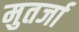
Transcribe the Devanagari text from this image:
मुतर्जा